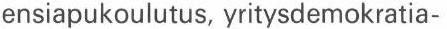
ensiapukoulutus, yritysdemokratia-